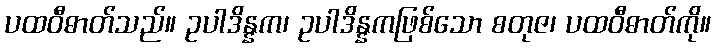
ပထဝီဓာတ်သည်။ ဥပါဒိန္နက၊ ဥပါဒိန္နကဖြစ်သော စတုဇ၊ ပထဝီဓာတ်ကို။